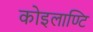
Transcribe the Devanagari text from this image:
कोइलाण्टि